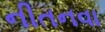
નીતનવા